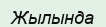
Жылында